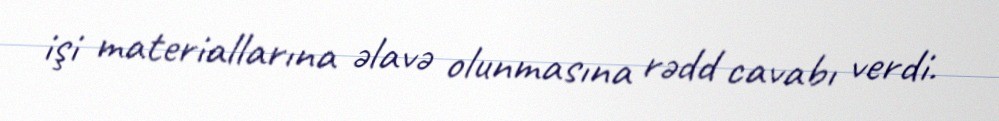
işi materiallarına əlavə olunmasına rədd cavabı verdi.